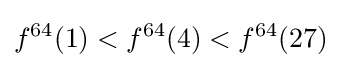
f^{64}(1)<f^{64}(4)<f^{64}(27)